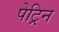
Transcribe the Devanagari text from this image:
पेट्रिन